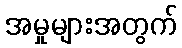
အမှုများအတွက်